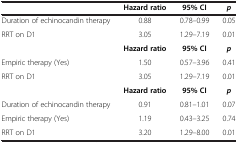
|  | Hazard ratio | 95% CI | p |
 | --- | --- | --- | --- |
 | Duration of echinocandin therapy | 0.88 | 0.78–0.99 | 0.05 |
 | RRT on D1 | 3.05 | 1.29–7.19 | 0.01 |
 |  | Hazard ratio | 95% CI | p |
 | Empiric therapy (Yes) | 1.50 | 0.57–3.96 | 0.41 |
 | RRT on D1 | 3.05 | 1.29–7.19 | 0.01 |
 |  | Hazard ratio | 95% CI | p |
 | Duration of echinocandin therapy | 0.91 | 0.81–1.01 | 0.07 |
 | Empiric therapy (Yes) | 1.19 | 0.43–3.25 | 0.74 |
 | RRT on D1 | 3.20 | 1.29–8.00 | 0.01 |